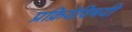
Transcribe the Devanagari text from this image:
प्रक्रियेविषयी